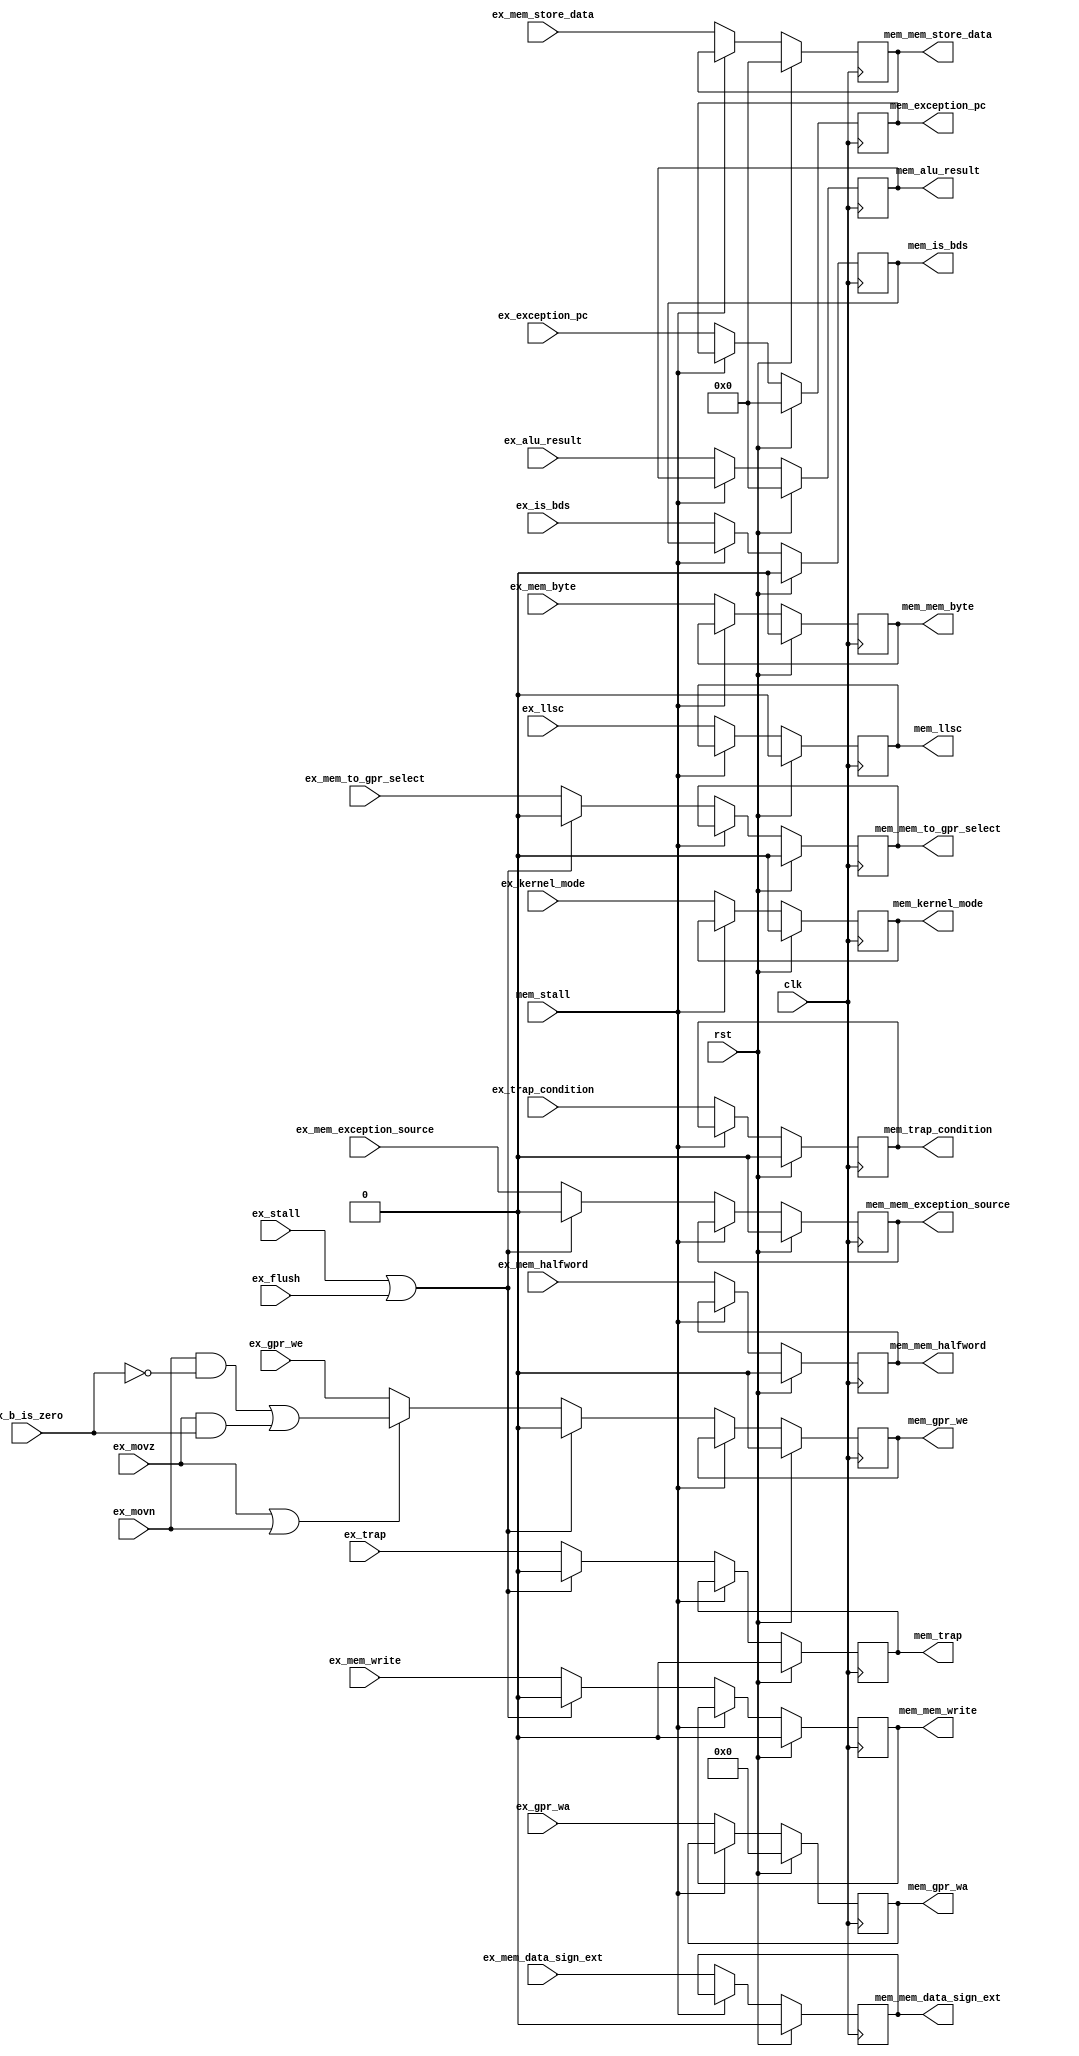
//==================================================================================================
//  Revision      : 1.0
//  Company       : Universidad Simn Bolvar
//
//  Description   : Pipeline register: EX -> MEM
//==================================================================================================

module antares_exmem_register (
                               input             clk,                      // main clock
                               input             rst,                      // main reset
                               input [31:0]      ex_alu_result,            // ALU result
                               input [31:0]      ex_mem_store_data,        // data to memory
                               input [4:0]       ex_gpr_wa,                // GPR write address
                               input             ex_gpr_we,                // GPR write enable
                               input             ex_mem_to_gpr_select,     // Select MEM/ALU to GPR
                               input             ex_mem_write,             // Mem write operation
                               input             ex_mem_byte,              // byte access
                               input             ex_mem_halfword,          // halfword access
                               input             ex_mem_data_sign_ext,     // Sign/Zero extend data from memory
                               input [31:0]      ex_exception_pc,
                               input             ex_movn,
                               input             ex_movz,
                               input             ex_b_is_zero,
                               input             ex_llsc,
                               input             ex_kernel_mode,
                               input             ex_is_bds,
                               input             ex_trap,
                               input             ex_trap_condition,
                               input             ex_mem_exception_source,  //
                               input             ex_flush,                 // clean
                               input             ex_stall,                 // stall EX stage
                               input             mem_stall,                // stall MEM stage
                               output reg [31:0] mem_alu_result,           // Same signals, but on mem stage
                               output reg [31:0] mem_mem_store_data,       //
                               output reg [4:0]  mem_gpr_wa,               //
                               output reg        mem_gpr_we,               //
                               output reg        mem_mem_to_gpr_select,    //
                               output reg        mem_mem_write,            //
                               output reg        mem_mem_byte,             //
                               output reg        mem_mem_halfword,         //
                               output reg        mem_mem_data_sign_ext,    //
                               output reg [31:0] mem_exception_pc,
                               output reg        mem_llsc,
                               output reg        mem_kernel_mode,
                               output reg        mem_is_bds,
                               output reg        mem_trap,
                               output reg        mem_trap_condition,
                               output reg        mem_mem_exception_source
                               );

    // Check for MOVN or MOVZ instruction
    wire    mov_reg_write = (ex_movn &  ~ex_b_is_zero) | (ex_movz &  ex_b_is_zero);

    //--------------------------------------------------------------------------
    // Propagate signals
    // Clear WE and Write signals only, on EX stall.
    //--------------------------------------------------------------------------
    always @(posedge clk) begin
        mem_alu_result           <= (rst) ? 32'b0 : ((mem_stall) ? mem_alu_result                                           : ex_alu_result);
        mem_mem_store_data       <= (rst) ? 32'b0 : ((mem_stall) ? mem_mem_store_data                                       : ex_mem_store_data);
        mem_gpr_wa               <= (rst) ? 5'b0  : ((mem_stall) ? mem_gpr_wa                                               : ex_gpr_wa);
        mem_gpr_we               <= (rst) ? 1'b0  : ((mem_stall) ? mem_gpr_we               : ((ex_stall | ex_flush) ? 1'b0 : ((ex_movz | ex_movn) ? mov_reg_write : ex_gpr_we)));
        mem_mem_to_gpr_select    <= (rst) ? 1'b0  : ((mem_stall) ? mem_mem_to_gpr_select    : ((ex_stall | ex_flush) ? 1'b0 : ex_mem_to_gpr_select));     // test
        mem_mem_write            <= (rst) ? 1'b0  : ((mem_stall) ? mem_mem_write            : ((ex_stall | ex_flush) ? 1'b0 : ex_mem_write));
        mem_mem_byte             <= (rst) ? 1'b0  : ((mem_stall) ? mem_mem_byte                                             : ex_mem_byte);
        mem_mem_halfword         <= (rst) ? 1'b0  : ((mem_stall) ? mem_mem_halfword                                         : ex_mem_halfword);
        mem_mem_data_sign_ext    <= (rst) ? 1'b0  : ((mem_stall) ? mem_mem_data_sign_ext                                    : ex_mem_data_sign_ext);
        mem_exception_pc         <= (rst) ? 32'b0 : ((mem_stall) ? mem_exception_pc                                         : ex_exception_pc);
        mem_llsc                 <= (rst) ? 1'b0  : ((mem_stall) ? mem_llsc                                                 : ex_llsc);
        mem_kernel_mode          <= (rst) ? 1'b0  : ((mem_stall) ? mem_kernel_mode                                          : ex_kernel_mode);
        mem_is_bds               <= (rst) ? 1'b0  : ((mem_stall) ? mem_is_bds                                               : ex_is_bds);
        mem_trap                 <= (rst) ? 1'b0  : ((mem_stall) ? mem_trap                 : ((ex_stall | ex_flush) ? 1'b0 : ex_trap));
        mem_trap_condition       <= (rst) ? 1'b0  : ((mem_stall) ? mem_trap_condition                                       : ex_trap_condition);
        mem_mem_exception_source <= (rst) ? 1'b0  : ((mem_stall) ? mem_mem_exception_source : ((ex_stall | ex_flush) ? 1'b0 : ex_mem_exception_source));
    end // always @ (posedge clk)
endmodule // antares_exmem_register